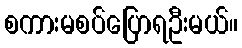
စကားမစပ်ပြောရဦးမယ်။